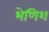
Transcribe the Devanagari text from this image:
भेणिश